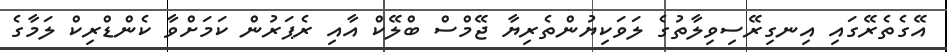
އޭގެތެރޭގައި އިނގިރޭސިވިލާތުގެ ލަވަކިޔުންތެރިޔާ ޖޭމްސް ބްލޭކް އާއި ރެޕަރުން ކަމަށްވާ ކެންޑްރިކް ލަމާގެ